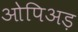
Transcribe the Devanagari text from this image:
ओपिअड़